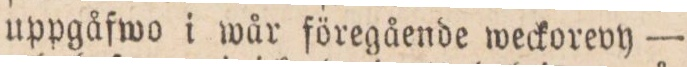
uppgåfwo i wår föregående weckorevy —